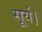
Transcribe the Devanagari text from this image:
सूर्य।